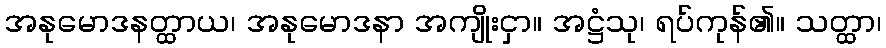
အနုမောဒနတ္ထာယ၊ အနုမောဒနာ အကျိုးငှာ။ အဋ္ဌံသု၊ ရပ်ကုန်၏။ သတ္ထာ၊